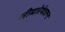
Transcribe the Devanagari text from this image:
सीमारेषेवरून